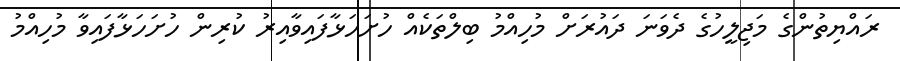
ރައްޔިތުންގެ މަޖިލީހުގެ ދެވަނަ ދައުރަށް މުހިއްމު ބިލްތަކެއް ހުށަހަޅާފައިވާއިރު ކުރިން ހުށަހަޅާފައިވާ މުހިއްމު